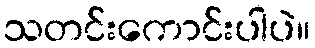
သတင်းကောင်းပါပဲ။